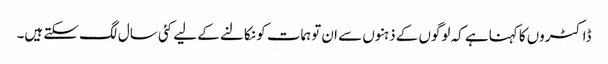
ڈاکٹروں کا کہناہے کہ لوگوں کے ذہنوں سے ان توہمات کو نکالنے کے لیے کئی سال لگ سکتے ہیں۔